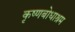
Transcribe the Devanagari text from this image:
कृष्णबोधाश्रम